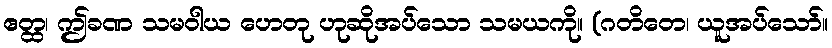
ဧတ္ထ၊ ဤခဏ သမဝါယ ဟေတု ဟုဆိုအပ်သော သမယကို။ (ဂတိတေ၊ ယူအပ်သော်။